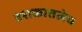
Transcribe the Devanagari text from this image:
दशकातलेच